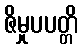
ဇိမှုပပတ္တိ